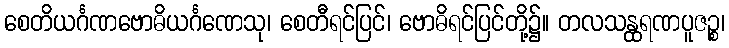
စေတိယင်္ဂဏဗောဓိယင်္ဂဏေသု၊ စေတီရင်ပြင်၊ ဗောဓိရင်ပြင်တို့၌။ တလသန္ထရဏပူဇဉ္စ၊